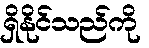
ရှိနိုင်သည်ကို